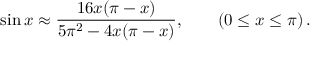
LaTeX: \sin x \approx { \frac { 1 6 x ( \pi - x ) } { 5 \pi ^ { 2 } - 4 x ( \pi - x ) } } , \qquad \left( 0 \leq x \leq \pi \right) .